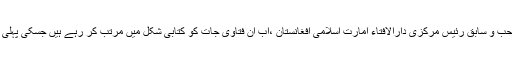
مقام شکر ہے کہ افغانستان کے سابق چیف جسٹس مولانا نور محمد ثاقب صاحب و سابق رئیس مرکزی دارالافتاء امارت اسلامی افغانستان ،اب ان فتاوی جات کو کتابی شکل میں مرتب کر رہے ہیں جسکی پہلی جلد ”بدرالفتاویٰ” کے نام سے شائع ہو چکی ہے بقیہ چار جلدیں زیر طبع ہیں۔